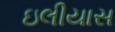
ઇલીયાસ